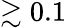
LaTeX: \gtrsim 0.1